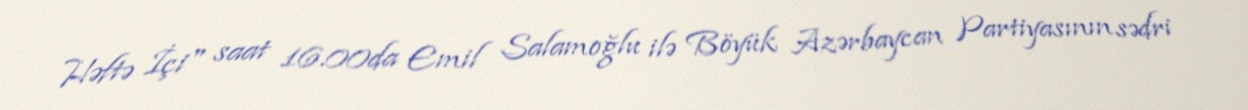
Həftə İçi" saat 16.00da Emil Salamoğlu ilə Böyük Azərbaycan Partiyasının sədri